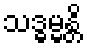
သဒ္ဓမ္မန္တိ